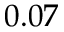
0 . 0 7